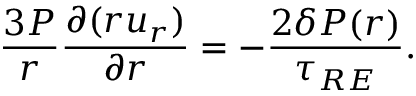
\frac { 3 P } { r } \frac { \partial ( r u _ { r } ) } { \partial r } = - \frac { 2 \delta { P } ( r ) } { \tau _ { R E } } .